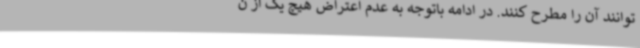
توانند آن را مطرح کنند. در ادامه باتوجه به عدم اعتراض هیچ یک از ن